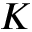
K